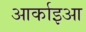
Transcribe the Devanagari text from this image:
आर्काइआ